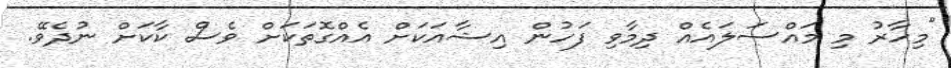
"މިހާރު މި މައްސަލައެއް ދިމާވި ފަހުން އިޝާއަކަށް އެއްގޮތަކަށް ވެސް ކާކަށް ނުދެވޭ.